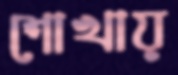
শোখায়